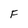
Character: F